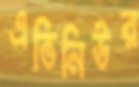
এভিনিউর